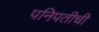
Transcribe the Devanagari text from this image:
पनिपतीची